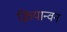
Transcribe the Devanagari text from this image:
क्रियान्‍वन